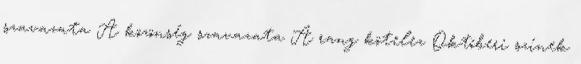
szavazata A közönség szavazata A rang kötelez Októberi színek